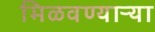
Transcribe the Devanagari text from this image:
मिळवण्याऱ्या